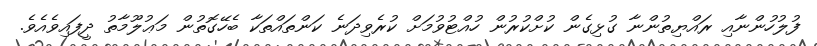
ފުލުހުންނާއި ރައްޔިތުންނާ ގުޅިގެން ކުށްކުރުން ހުއްޓުވުމަށް ކުރެވިދަނެ ކަންތައްތަކާ ބެހޭގޮތުން މަޢުލޫމާތު ދީފައިވެއެވެ.